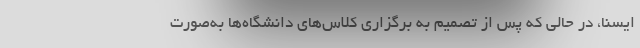
ایسنا، در حالی که پس از تصمیم به برگزاری کلاس‌های دانشگاه‌ها به‌صورت